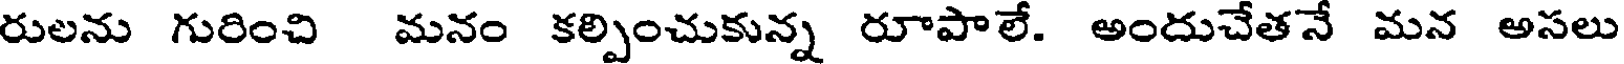
రులను గురించి మనం కల్పించుకున్న రూపాలే. అందుచేతనే మన అసలు